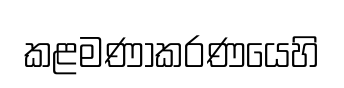
කළමණාකරණයෙහි